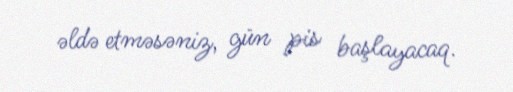
əldə etməsəniz, gün pis başlayacaq.